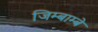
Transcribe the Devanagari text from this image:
जिम्बाम्बे